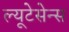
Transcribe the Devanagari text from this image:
ल्यूटेसेन्स